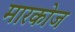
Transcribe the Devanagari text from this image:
मारकोज